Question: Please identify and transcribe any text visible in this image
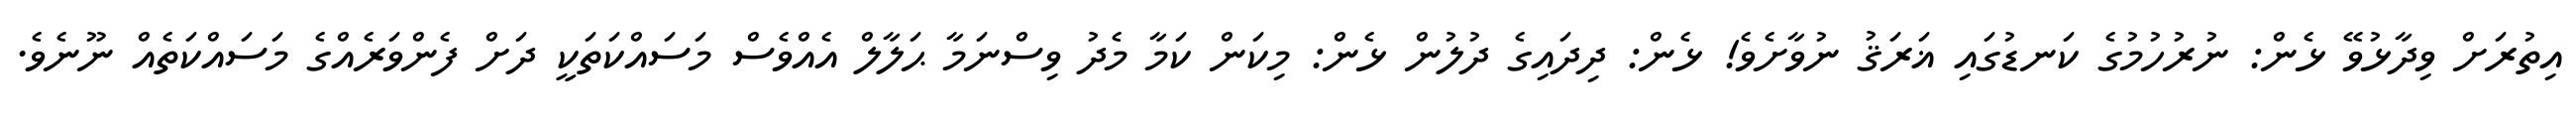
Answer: އިތުރަށް ވިދާޅުވޭ ޅެން: ނުރުހުމުގެ ކަނޑުގައި ޣަރަޤު ނުވާށެވެ! ޅެން: ދިދައިގެ ދުލުން ޅެން: މިކަން ކަމާ މެދު ވިސްނަމާ ޙަލާލް އެއްވެސް މަސައްކަތަކީ ދަށް ފެންވަރެއްގެ މަސައްކަތެއް ނޫނެވެ.